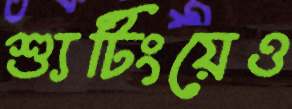
শ্যুটিংয়েও